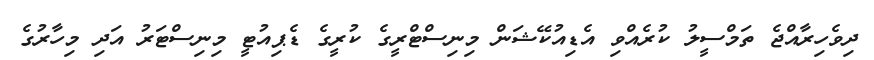
ދިވެހިރާއްޖެ ތަމްސީލު ކުރެއްވި އެޑިއުކޭޝަން މިނިސްޓްރީގެ ކުރީގެ ޑެޕިއުޓީ މިނިސްޓަރު އަދި މިހާރުގެ